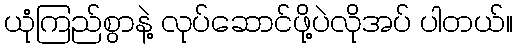
ယုံကြည်စွာနဲ့ လုပ်ဆောင်ဖို့ပဲလိုအပ် ပါတယ်။